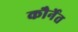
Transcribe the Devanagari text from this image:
कौर्नेत